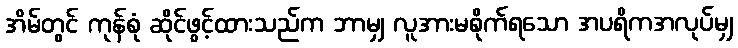
အိမ်တွင် ကုန်စုံ ဆိုင်ဖွင့်ထားသည်က ဘာမျှ လူအားမစိုက်ရသော အပရိကအလုပ်မျှ